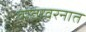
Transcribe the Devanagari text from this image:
वातावरनात